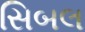
સિબલ